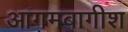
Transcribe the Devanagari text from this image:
आगमबागीश